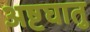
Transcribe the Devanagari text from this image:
अष्टघातु